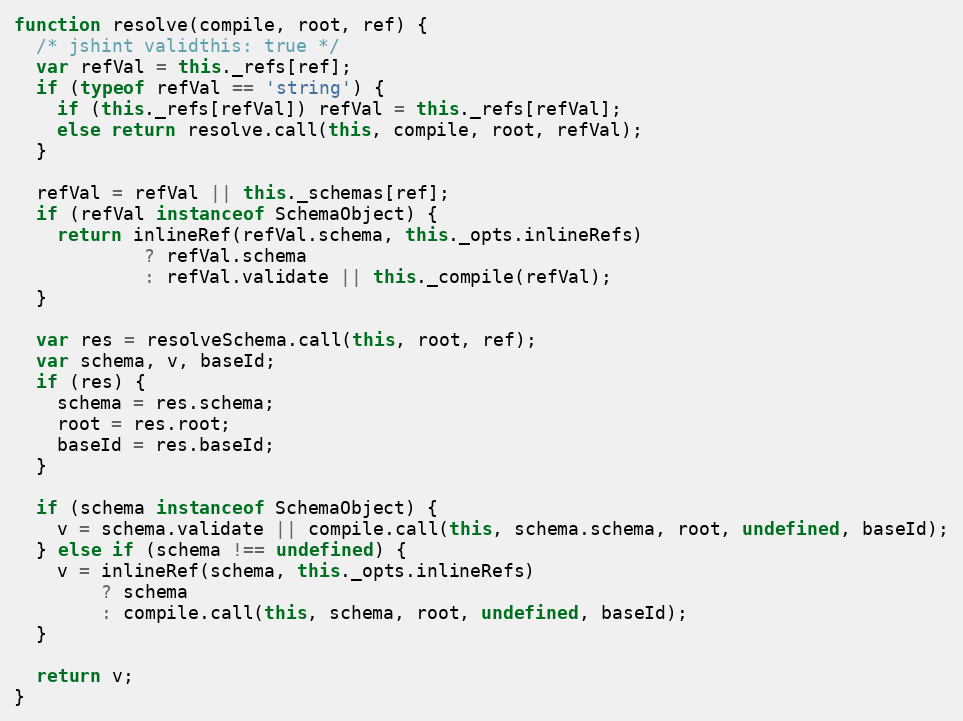
Language: JavaScript
function resolve(compile, root, ref) {
  /* jshint validthis: true */
  var refVal = this._refs[ref];
  if (typeof refVal == 'string') {
    if (this._refs[refVal]) refVal = this._refs[refVal];
    else return resolve.call(this, compile, root, refVal);
  }

  refVal = refVal || this._schemas[ref];
  if (refVal instanceof SchemaObject) {
    return inlineRef(refVal.schema, this._opts.inlineRefs)
            ? refVal.schema
            : refVal.validate || this._compile(refVal);
  }

  var res = resolveSchema.call(this, root, ref);
  var schema, v, baseId;
  if (res) {
    schema = res.schema;
    root = res.root;
    baseId = res.baseId;
  }

  if (schema instanceof SchemaObject) {
    v = schema.validate || compile.call(this, schema.schema, root, undefined, baseId);
  } else if (schema !== undefined) {
    v = inlineRef(schema, this._opts.inlineRefs)
        ? schema
        : compile.call(this, schema, root, undefined, baseId);
  }

  return v;
}